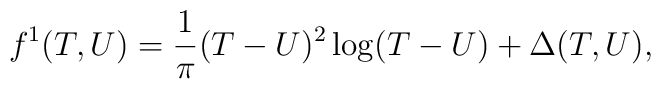
f^1(T,U)={1\over \pi}(T-U)^2\log(T-U)+\Delta(T,U),